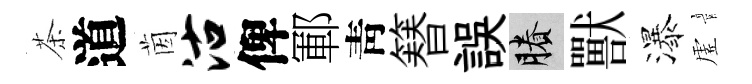
茶道茵沽俾鄆靑簮誤賸獸瀑虗